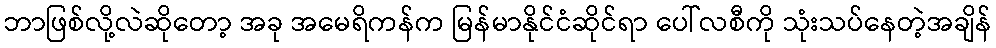
ဘာဖြစ်လို့လဲဆိုတော့ အခု အမေရိကန်က မြန်မာနိုင်ငံဆိုင်ရာ ပေါ်လစီကို သုံးသပ်နေတဲ့အချိန်